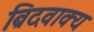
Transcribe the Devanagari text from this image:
ब्रिदवाक्य